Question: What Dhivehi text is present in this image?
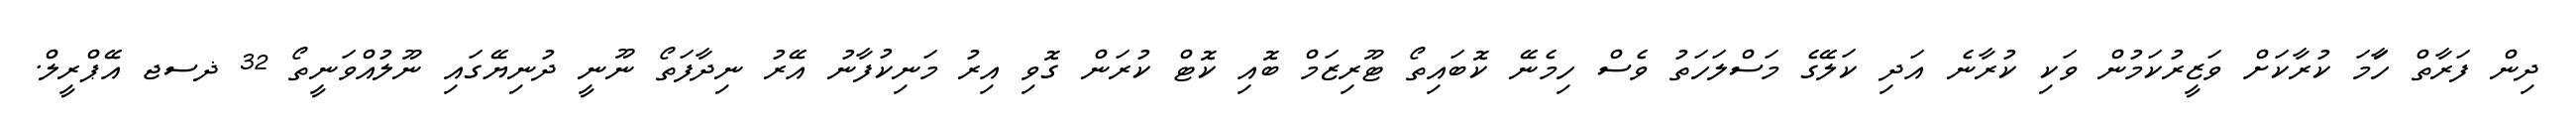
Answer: ދިން ފަރާތް ހަާމަ ކުރާކަށް ވަޒީރުކަމުން ވަކި ކުރާނެ އަދި ކަލޭގެ މަސްލަހަތު ވެސް ހިމެނޭ ކޮބައިތޯ ޓޫރިޒަމް ބޮއި ކޮޓް ކުރަން ގޮވި އިރު މަނިކުފާނު އޭރު ނިދާފަތޯ ނޫނީ ދުނިޔޭގައި ނޫލުއްވަނީތޯ 32 ޛސޖ އޭޕްރީލް.